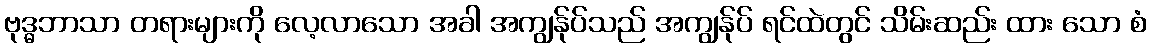
ဗုဒ္ဓဘာသာ တရားများကို လေ့လာသော အခါ အကျွန်ုပ်သည် အကျွန်ုပ် ရင်ထဲတွင် သိမ်းဆည်း ထား သော စံ